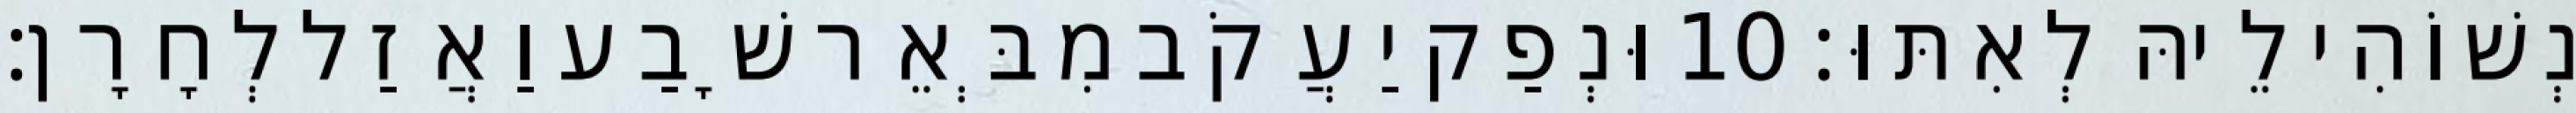
נְשׁוֹהִי לֵיהּ לְאִתּוּ׃ 10 וּנְפַק יַעֲקֹב מִבְּאֵר שָׁבַע וַאֲזַל לְחָרָן׃